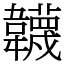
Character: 韤